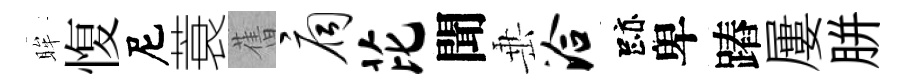
眸愎尼蓑𦾔扃芘聞𡸁洽跡卑蹖屢胼